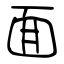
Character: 面